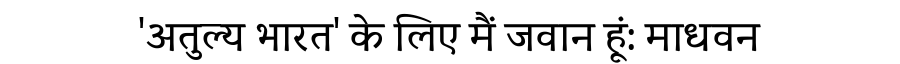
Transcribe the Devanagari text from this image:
'अतुल्य भारत' के लिए मैं जवान हूं: माधवन